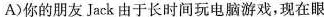
A ) 你的朋友Jack由于长时间玩电脑游戏，现在眼